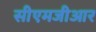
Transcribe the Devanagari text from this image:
सीएमजीआर